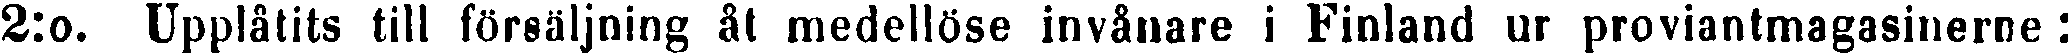
2:o. Upplåtits till försäljning åt medellöse invånare i Finland ur proviantmagasinerne :